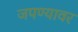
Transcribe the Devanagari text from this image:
जपण्यावर